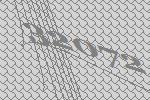
32072